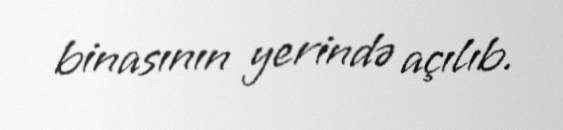
binasının yerində açılıb.